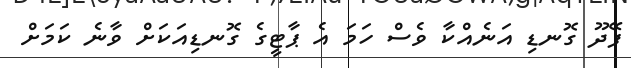
ފޭދޫ ގޮނޑި އަނެއްކާ ވެސް ހަމަ އެ ޕާޓީގެ ގޮނޑިއަކަށް ވާނެ ކަމަށް